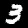
Digit: 3